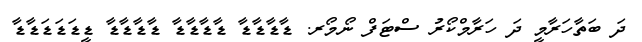
ދަ ބަތާހަރާމީ ދަ ހަރާމްކޯރު ސްޓަފް ނޯމޯރ. ޑާޑާޑާޑާ ޑާޑާޑާޑާ ޑާޑާޑާޑާ ޑީޑަޑަޑަޑާޑާ